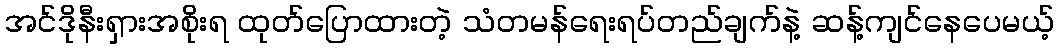
အင်ဒိုနီးရှားအစိုးရ ထုတ်ပြောထားတဲ့ သံတမန်ရေးရပ်တည်ချက်နဲ့ ဆန့်ကျင်နေပေမယ့်